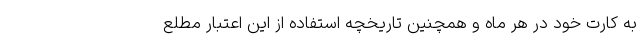
به کارت خود در هر ماه و همچنین تاریخچه استفاده از این اعتبار مطلع